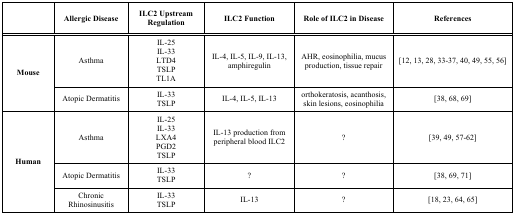
<table><thead><tr><td><b> </b></td><td><b>Allergic Disease</b></td><td><b>ILC2 Upstream Regulation</b></td><td><b>ILC2 Function</b></td><td><b>Role of ILC2 in Disease</b></td><td><b>References</b></td></tr></thead><tbody><tr><td rowspan="2">Mouse</td><td>Asthma</td><td>IL-25IL-33LTD4TSLPTL1A </td><td>IL-4, IL-5, IL-9, IL-13, amphiregulin </td><td>AHR, eosinophilia, mucus production, tissue repair </td><td>[12, 13, 28, 33-37, 40, 49, 55, 56]</td></tr><tr><td>Atopic Dermatitis</td><td>IL-33TSLP</td><td>IL-4, IL-5, IL-13</td><td>orthokeratosis, acanthosis, skin lesions, eosinophilia</td><td>[38, 68, 69]</td></tr><tr><td rowspan="3">Human</td><td>Asthma</td><td>IL-25IL-33LXA4PGD2TSLP</td><td>IL-13 production from peripheral blood ILC2</td><td>?</td><td>[39, 49, 57-62]</td></tr><tr><td>Atopic Dermatitis</td><td>IL-33TSLP</td><td>?</td><td>?</td><td>[38, 69, 71]</td></tr><tr><td>ChronicRhinosinusitis</td><td>IL-33TSLP</td><td>IL-13 </td><td>?</td><td>[18, 23, 64, 65]</td></tr></tbody></table>